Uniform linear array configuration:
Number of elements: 4
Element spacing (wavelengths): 1
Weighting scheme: binomial
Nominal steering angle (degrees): -30
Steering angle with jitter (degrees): -31.97
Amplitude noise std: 0.05
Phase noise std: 0.05

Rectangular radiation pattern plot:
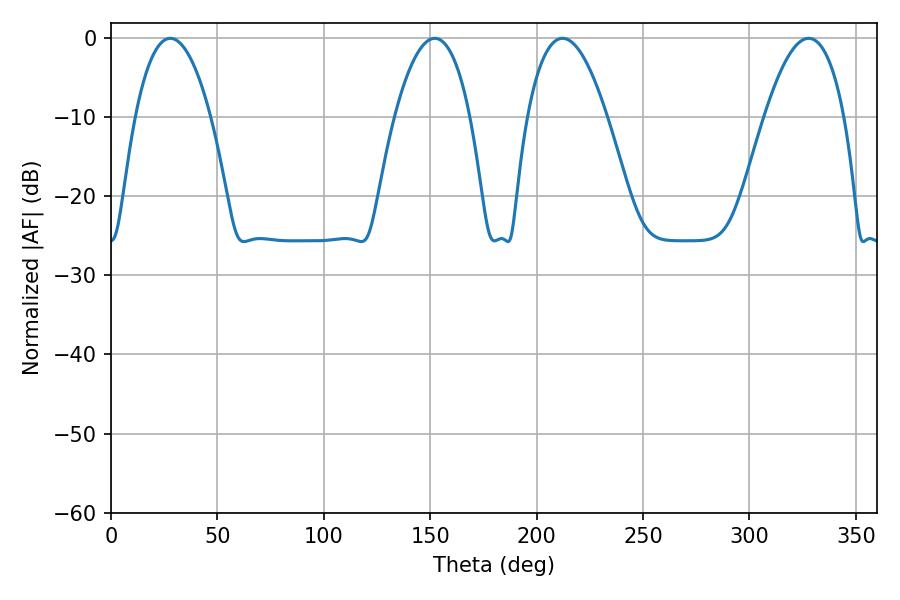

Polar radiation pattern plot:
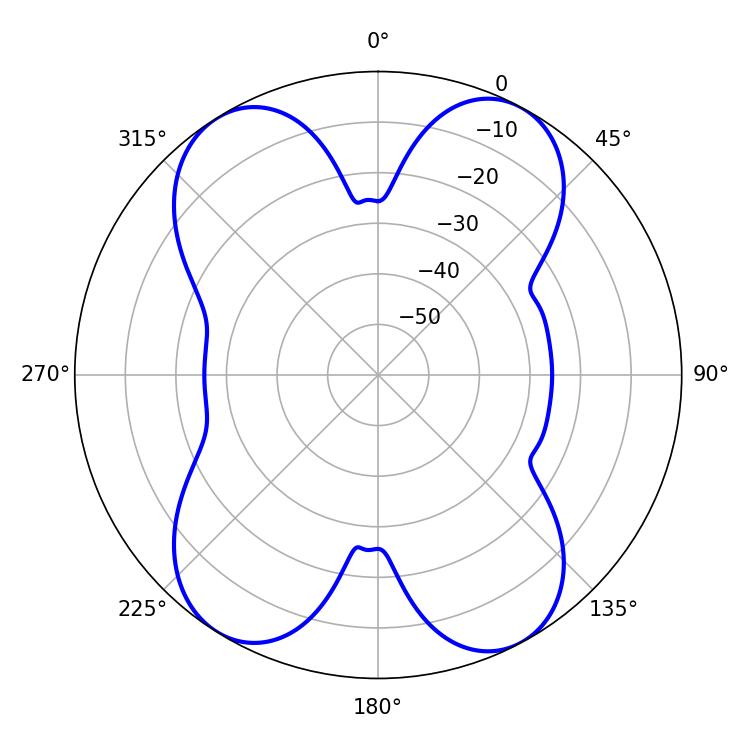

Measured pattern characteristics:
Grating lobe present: TRUE
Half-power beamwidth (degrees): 19.8
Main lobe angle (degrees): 27.9